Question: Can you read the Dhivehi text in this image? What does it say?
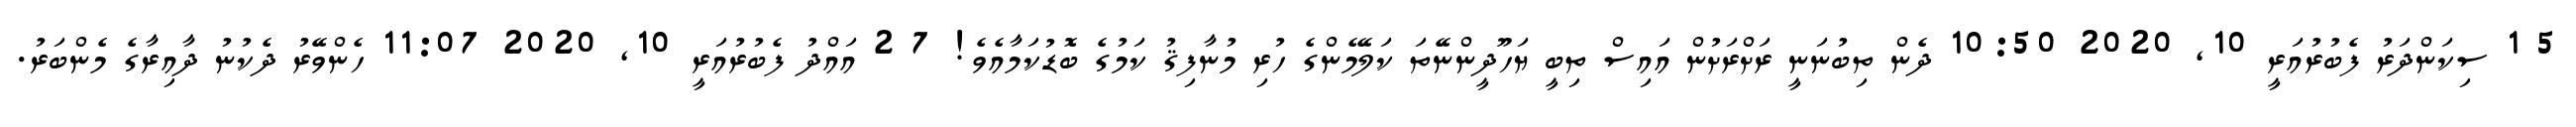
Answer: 5 1 ސިކަންދަރު ފެބުރުއަރީ 10, 2020 10:50 ދެން ތިބުނަނީ ރަށްރަށުން އައިސް ތިބީ ޔަހޫދީންނޭތަ ކަލޭމެންގެ ހުރި މުނާފިޤު ކަމުގެ ބޮޑުކަމާއެވެ! 7 2 އައްދު ފެބުރުއަރީ 10, 2020 11:07 ހެންވޭރު ދެކުނު ދާއިރާގެ މެންބަރު.